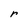
Character: r